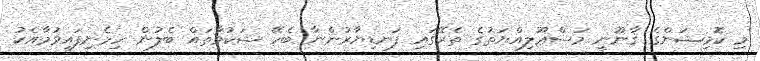
މި ކޮމިޝަންގެ ޤާނޫނީ މަސްޢޫލިއްޔަތުގެ ތެރޭގައި ފަނޑިޔާރުންނާ ބެހޭ ޝަކުވާތައް ބެލުން ހިމެނިފައިވުމާއެކު